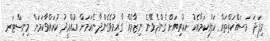
މިފަދަ މަސައްކަތްތައް ހަލުވިކަމާއެކު ހކުރިއަށް ގެންދެވޭނެ ނިޒާމެއް ގާއިމުވެގެންދާނެކަމަށް އުއްމީދު ކުރައްވާކަމަށް މިނިސްޓަރ